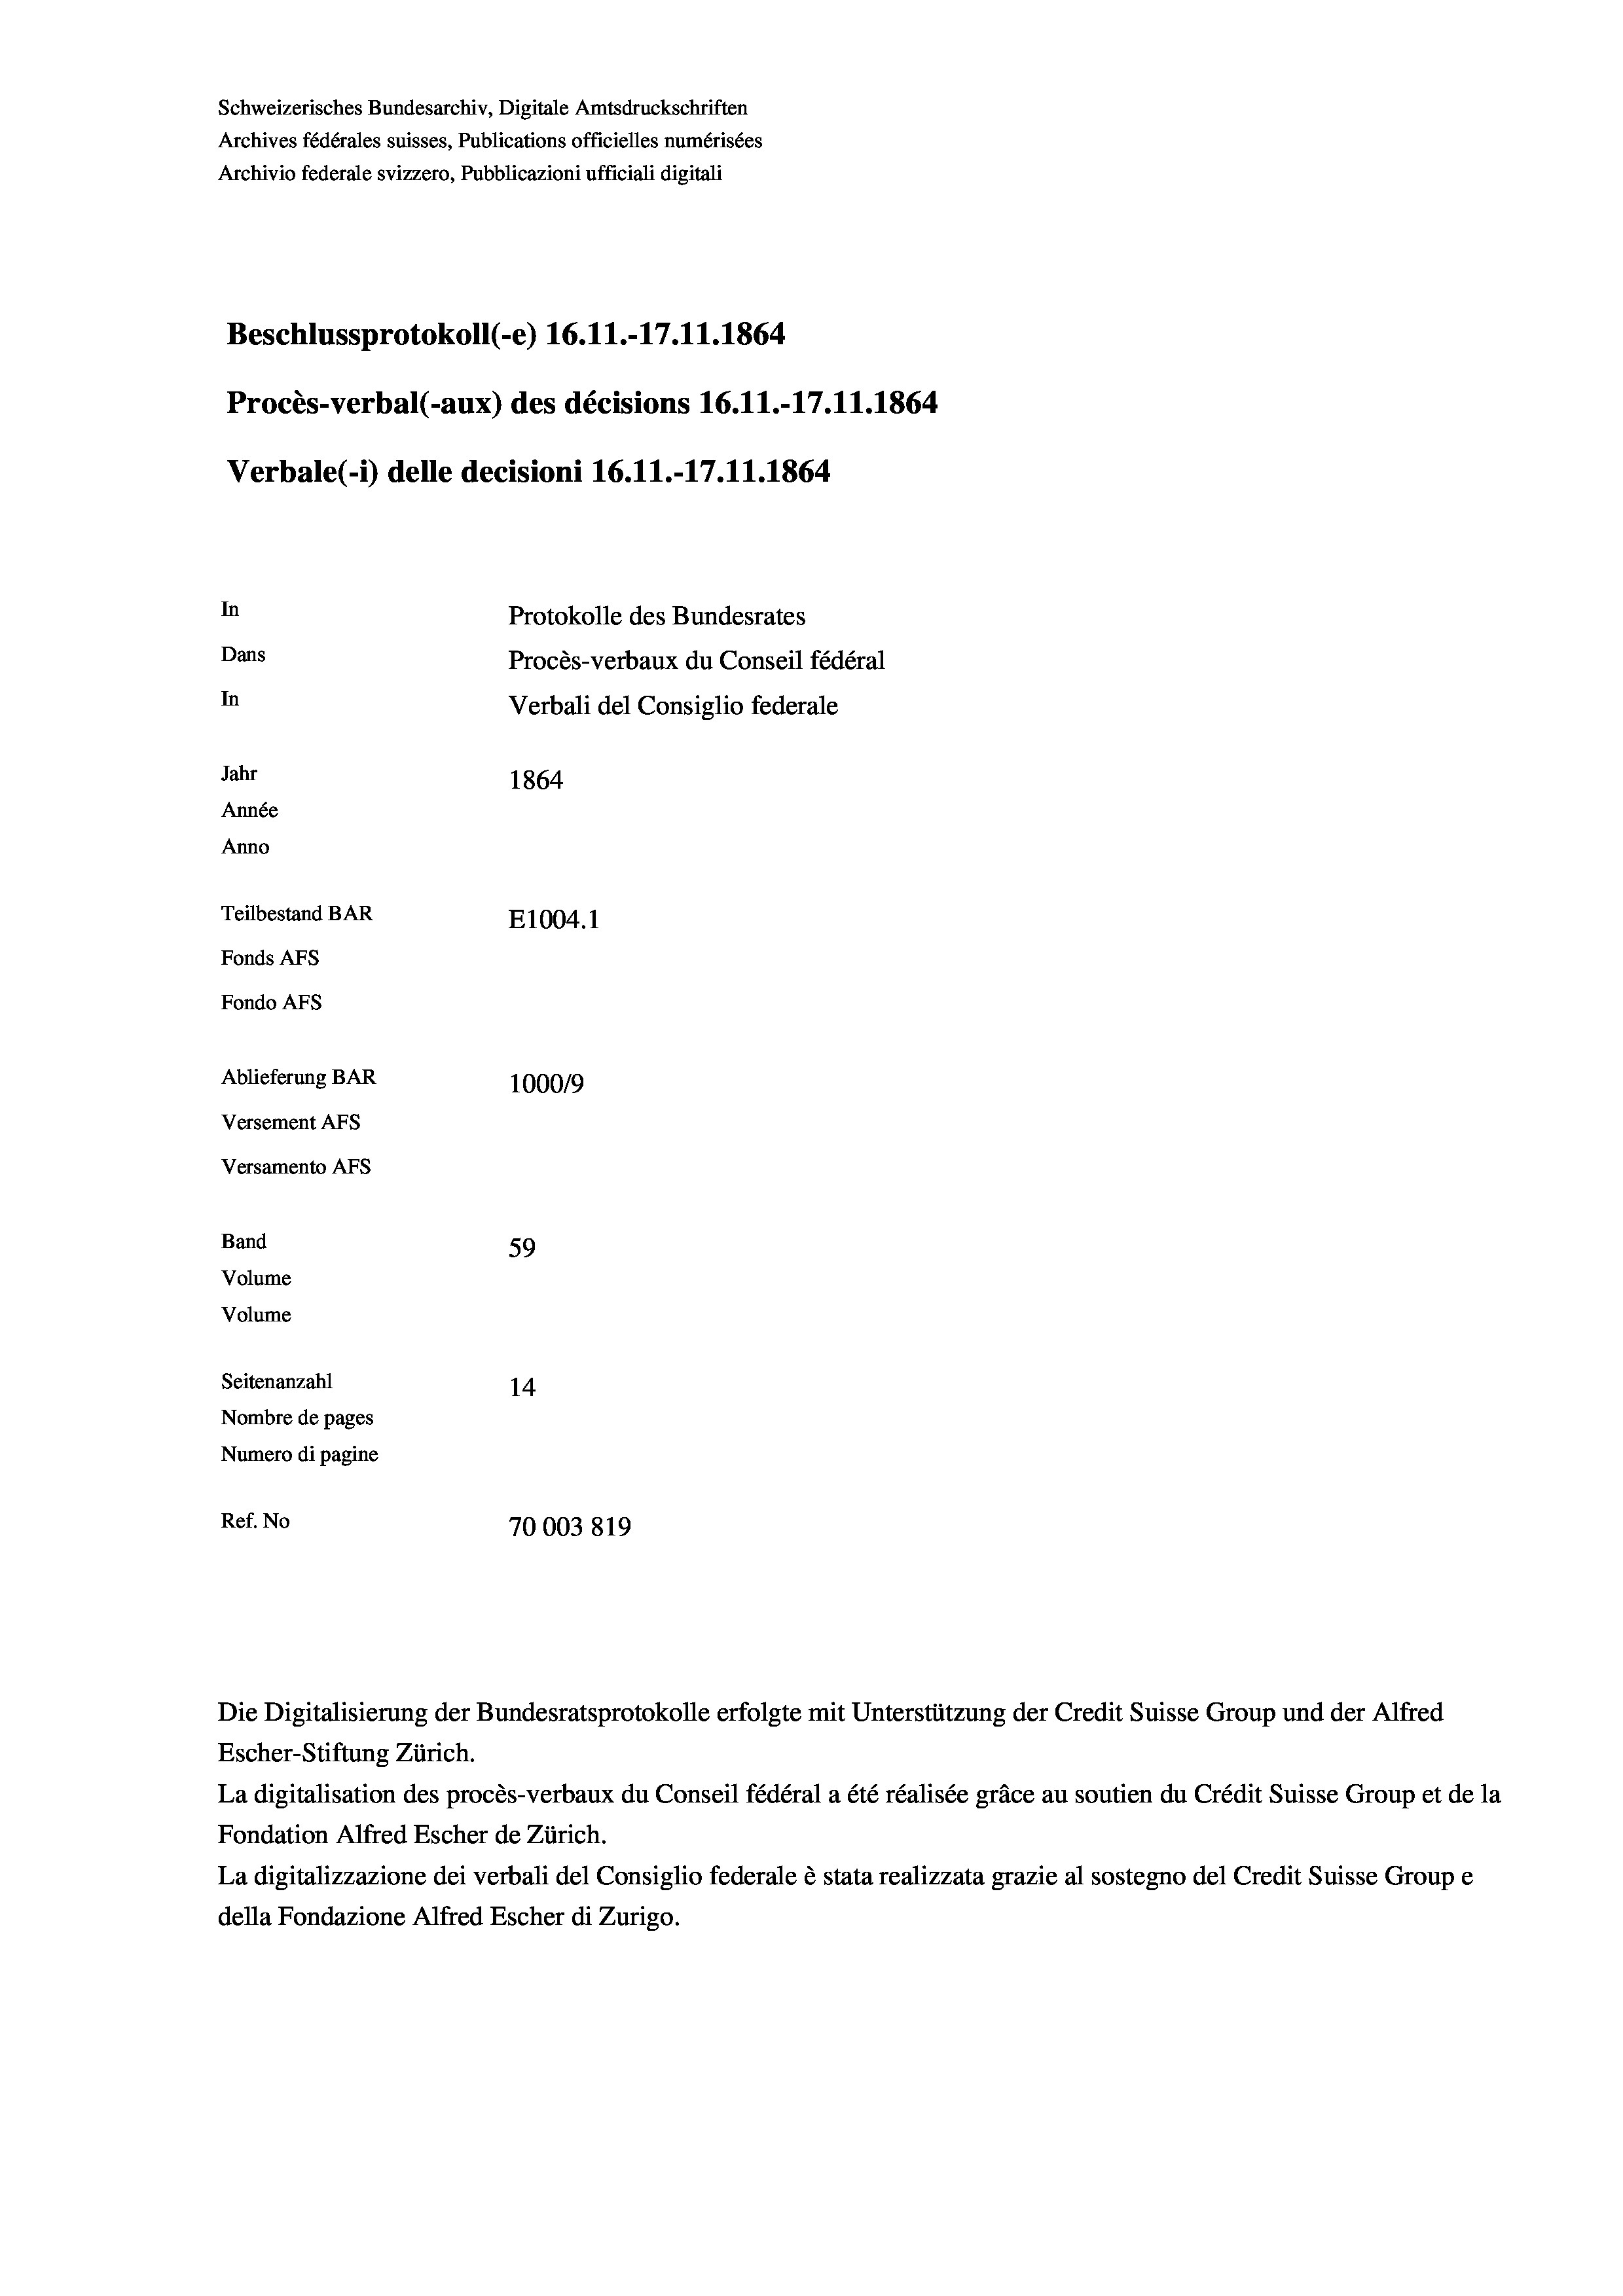
Schweizerisches Bundesarchiv, Digitale Amtsdruckschriften
Archives fédérales suisses, Publications officielles numérisées
Archivio federale svizzero, Pubblicazioni ufficiali digitali
Beschlussprotokoll (-e) 16.11.-17. 11. 1864
Procès-verbal (-aux) des décisions 16.11.-17.11.1864
Verbale(-*) delle decisioni 16.11.-17.11.1864
In
Protokolle des Bundesrates
Dans
Procès-verbaux du Conseil fédéral
In
Verbali del Consiglio federale
Jahr
1864
Année
Anno
Teilbestand BAR
E1004.1
Fonds Afs
Fondo AFs
Ablieferung BAR
1000/9
Versement AFS
Versamento Afs
Band
59
Volume
Volume
Seitenanzahl
14
Nombre de pages
Numero di pagine
Ref. No
70003819

Escher-Stiftung Zürich.
La digitalisation des procès-verbaux du Conseil fédéral a été réalisée gräce au soutien du Crédit Suisse Group et de la
Fondation Alfred Escher de Zürich.
La digitalizzazione dei verbali del Consiglio federale è stata realizzata grazie al sostegno del Credit Suisse Groupe
della Fondazione Alfred Escher di Zurigo.

Die Digitalisierung der Bundesratsprotokolle erfolgte mit Unterstützung der Credit Suisse Group und der Alfred